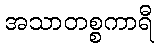
အသာတစ္စကာရီ